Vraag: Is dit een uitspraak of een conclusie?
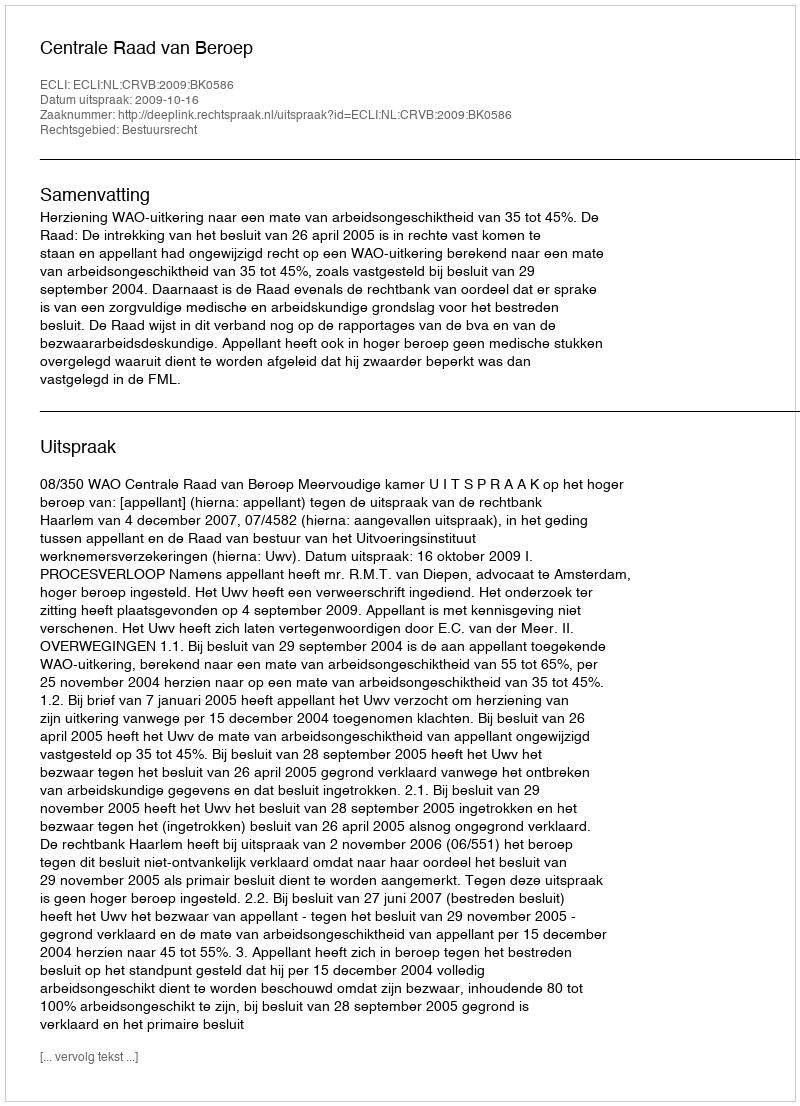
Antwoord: Uitspraak